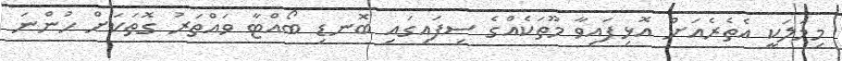
މިމަލަކީ އެތެރެއަށް އޮޅިފައިވާ މޫތަކެއްގެ ސިފައިގައި ބޮނޑި ބޯއްޓާ ވައްތަރު ގޮތަކަށް ހުންނަ